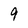
Character: 9